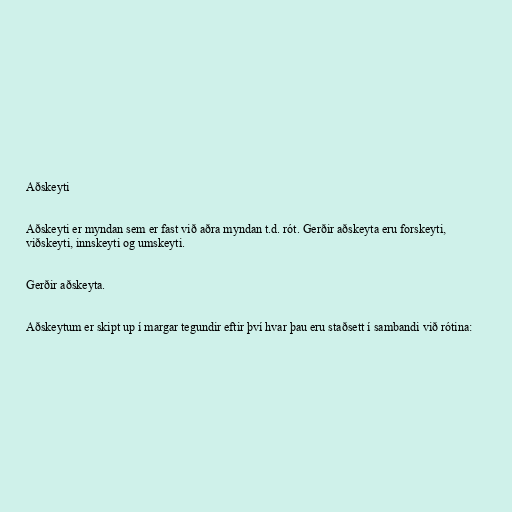
Aðskeyti

Aðskeyti er myndan sem er fast við aðra myndan t.d. rót. Gerðir aðskeyta eru forskeyti,
viðskeyti, innskeyti og umskeyti.

Gerðir aðskeyta.

Aðskeytum er skipt up í margar tegundir eftir því hvar þau eru staðsett í sambandi við rótina: